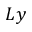
L y